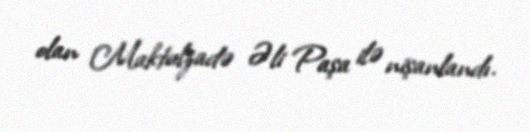
olan Maktulzadə Əli Paşa ilə nişanlandı.